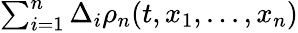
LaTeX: \begin{array}{r}{\sum_{i=1}^{n}\Delta_{i}\rho_{n}(t,x_{1},...,x_{n})}\end{array}